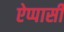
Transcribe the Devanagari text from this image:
ऐप्पासी